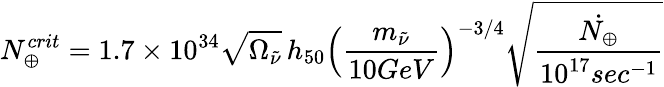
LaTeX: N_{\oplus}^{crit}=1.7\times 10^{34}\sqrt{\Omega_{\tilde{\nu}}}\, h_{50}\left(\frac{m_{\tilde{\nu}}}{10GeV}\right)^{-3/4}\sqrt{\frac{\dot{N_{\oplus}}}{10^{17}sec^{-1}}}